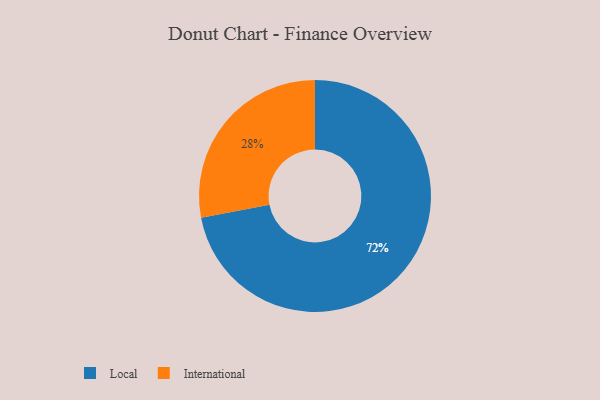
{"axis": {"x": "Category", "y": "Percentage"}, "legend": ["International", "Local"], "data": [{"x": "Local", "y": 72, "type": "Local"}, {"x": "International", "y": 28, "type": "International"}]}